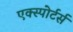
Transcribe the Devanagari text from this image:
एक्स्पोर्टर्स